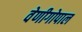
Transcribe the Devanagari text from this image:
वेणीगोपाल